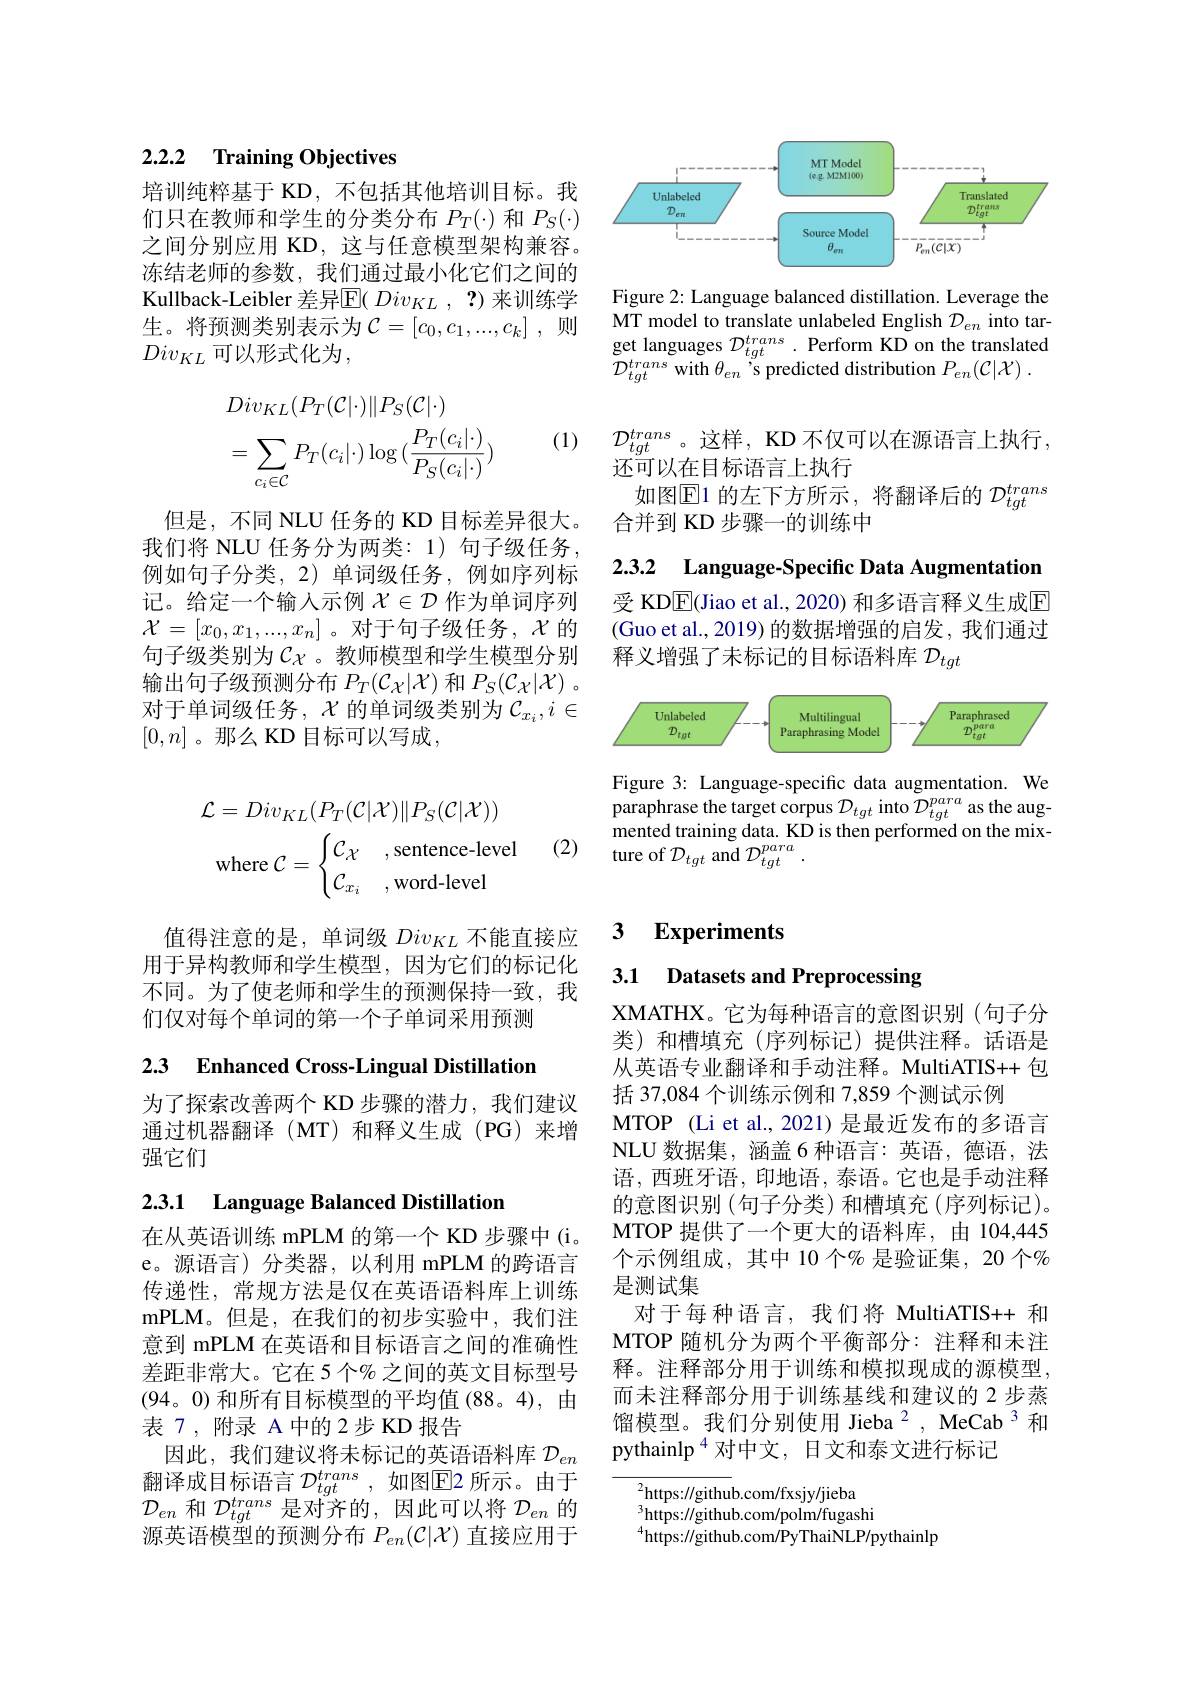
### 2.2.2 Training Objectives

培训纯粹基于 KD, 不包括其他培训目标。我们只在教师和学生的分类分布$P_T(\cdot)$和$P_S(\cdot)$ 之间分别应用 KD, 这与任意模型架构兼容。冻结老师的参数，我们通过最小化它们之间的Kullback-Leibler 差异$\overline{\mathrm{E}}(Div_{KL},?)$ 来训练学生。将预测类别表示为$\mathcal{C}=[c_0,c_1,...,c_k]$ 则$Div_{KL}$可以形式化为，
$$\begin{aligned}&Div_{KL}(P_{T}(\mathcal{C}|\cdot)\|P_{S}(\mathcal{C}|\cdot)\\&=\sum_{c_{i}\in\mathcal{C}}P_{T}(c_{i}|\cdot)\log{(\frac{P_{T}(c_{i}|\cdot)}{P_{S}(c_{i}|\cdot)})}\end{aligned}$$
(1)

但是，不同 NLU 任务的 KD 目标差异很大。我们将 NLU 任务分为两类：1)句子级任务例如句子分类，2)单词级任务，例如序列标记。给定一个输入示例$\mathcal{X}\in\mathcal{D}$作为单词序列$\mathcal{X}=[x_0,x_1,...,x_n]$。对于句子级任务，$\mathcal{X}$的句子级类别为$\mathcal{C}_\mathrm{\chi}$ 。教师模型和学生模型分别输出句子级预测分布$P_T(\mathcal{C}_\mathcal{X}|\mathcal{X})$和$P_S(\mathcal{C}_\mathcal{X}|\mathcal{X})$ 。对于单词级任务，$\chi$的单词级类别为$\mathcal{C}_x_i,i\in$ $[0,n]$。那么 KD 目标可以写成，
$$\mathcal{L}=Div_{KL}(P_{T}(\mathcal{C}|\mathcal{X})\|P_{S}(\mathcal{C}|\mathcal{X}))\\\mathrm{where}\:\mathcal{C}=\begin{cases}\mathcal{C}_{\mathcal{X}}&\text{,sentence-level}\\\mathcal{C}_{x_{i}}&\text{,word-level}\end{cases}$$
(2)

值得注意的是，单词级$Div_{KL}$不能直接应用于异构教师和学生模型，因为它们的标记化不同。为了使老师和学生的预测保持一致，我们仅对每个单词的第一个子单词采用预测

2.3 Enhanced Cross-Lingual Distillation

为了探索改善两个 KD 步骤的潜力，我们建议通过机器翻译(MT)和释义生成(PG)来增强它们

# 2.3.1 Language Balanced Distillation

在从英语训练 mPLM 的第一个 KD 步骤中(i。e。源语言)分类器，以利用 mPLM 的跨语言传递性，常规方法是仅在英语语料库上训练mPLM。但是，在我们的初步实验中，我们注意到 mPLM 在英语和目标语言之间的准确性差距非常大。它在 5个% 之间的英文目标型号(94。0)和所有目标模型的平均值(88。4),由表 7,附录 A 中的 2步 KD 报告
因此，我们建议将未标记的英语语料库$\mathcal{D}_{en}$ 翻译成目标语言 $\mathcal{D}_tqt^{trans}$, 如图$\boxed{\mathrm{E}}$2 所示。由于$\mathcal{D}_{en}$和$\mathcal{D}_tgt^{trans}$是对齐的，因此可以将$\mathcal{D}_en$的源英语模型的预测分布$P_{en}(\mathcal{C}|\mathcal{X})$直接应用于

<FigureHere>

Figure 2: Language balanced distillation. Leverage the MT model to translate unlabeled English $\mathcal{D}_en$ into tar- $\begin{array}{l}{\mathrm{get~languages~}\mathcal{D}_{tgt}^{trans}.\text{Perform KD on the translated}}\\{\mathcal{D}^{trans~rith~}\theta,\:,\:\mathrm{omodiotad~diotnibution~}D}\end{array}$ $\mathcal{D}_{tgt}^{trans}$with $\theta_en$ 's predicted distribution $P_en(\mathcal{C}|\mathcal{X}).$

$\mathcal{D}_{tgt}^{trans}$。这样，KD 不仅可以在源语言上执行，
还可以在目标语言上执行
如图$\operatorname{E1}$ 的左下方所示，将翻译后的 $\mathcal{D}_tgt^{trans}$
合并到 KD 步骤一的训练中

2.3.2 Language-Specific Data Augmentatior

受 KDE(Jiao et al., 2020) 和多语言释义生成$\mathbb{E}$ (Guo et al., 2019) 的数据增强的启发，我们通过释义增强了未标记的目标语料库$\mathcal{D}_{tgt}$

<FigureHere>

Figure 3: Language-specific data augmentation. We paraphrase the target corpus $\mathcal{D}_{tgt}$ into $\mathcal{D}_{tgt}^{para}$ as the augmented training data. KD is then performed on the mixture of $\mathcal{D}_{tgt}$ and $\mathcal{D}_{tgt}^{para}$

### 3 Experiments

3.1 Datasets and Preprocessing

XMATHX。它为每种语言的意图识别(句子分类)和槽填充(序列标记)提供注释。话语是从英语专业翻译和手动注释。MultiATIS++ 包括 37,084 个训练示例和 7,859 个测试示例
MTOP (Li et al., 2021) 是最近发布的多语言NLU 数据集，涵盖 6 种语言：英语，德语，法语，西班牙语，印地语，泰语。它也是手动注释的意图识别 (句子分类)和槽填充(序列标记)。MTOP 提供了一个更大的语料库，由 104,445个示例组成，其中 10 个$\%$ 是验证集，20 个$\%$ 是测试集
对于每种语言，我们将 MultiATIS++ 和MTOP 随机分为两个平衡部分：注释和未注释。注释部分用于训练和模拟现成的源模型， 而未注释部分用于训练基线和建议的 2 步蒸馏模型。我们分别使用 Jieba $^{2}$, MeCab 3 和pythainlp$^{4}$对中文，日文和泰文进行标记

$^2$https://github.com/fxsjy/jieba $^3$https://github.com/polm/fugashi $^{4}$https://github.com/PyThaiNLP/pythainlp